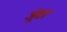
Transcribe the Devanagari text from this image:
जूंठा